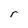
Character: r